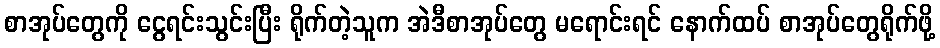
စာအုပ်တွေကို ငွေရင်းသွင်းပြီး ရိုက်တဲ့သူက အဲဒီစာအုပ်တွေ မရောင်းရင် နောက်ထပ် စာအုပ်တွေရိုက်ဖို့